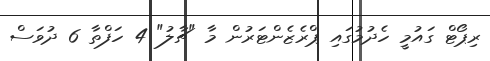
ރިޕޯޓް ގައުމީ ހެދުމުގައި ޕްރެޒެންޓަރުން މާ "ޗާލު" 4 ހަފްތާ 6 ދުވަސް